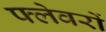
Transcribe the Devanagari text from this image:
फ्लेवरों